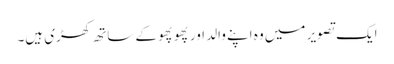
ایک تصویر میں وہ اپنے والد اور پھوپھو کے ساتھ کھڑی ہیں۔